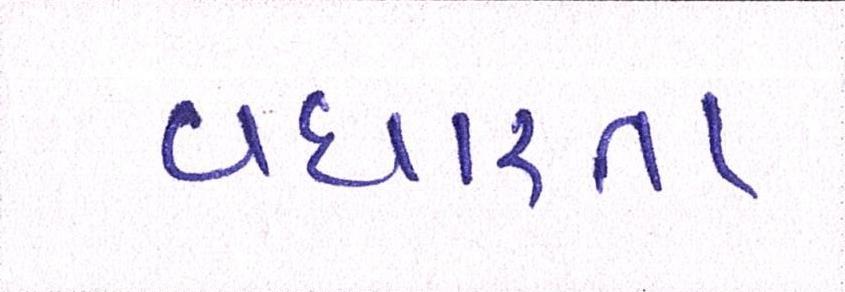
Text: વધારતા